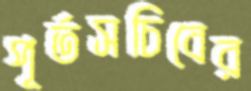
পূর্তসচিবের